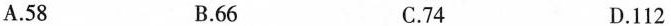
A.58 B.66 C.74 D.112